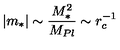
| m _ { * } | \sim \frac { M _ { * } ^ { 2 } } { M _ { P l } } \sim r _ { c } ^ { - 1 }